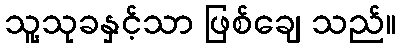
သူ့သုခနှင့်သာ ဖြစ်ချေ သည်။